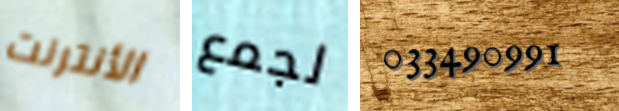
الأنترنت لجمع 033490991